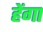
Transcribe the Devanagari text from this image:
हेंगा